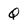
Character: Q